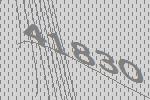
41830